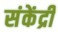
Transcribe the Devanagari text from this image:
संकेंद्री